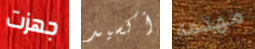
جهزت أكسيد مهتمه